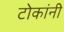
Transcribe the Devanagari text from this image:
टोकांनी